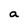
Character: a